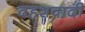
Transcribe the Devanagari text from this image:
दहशवादी